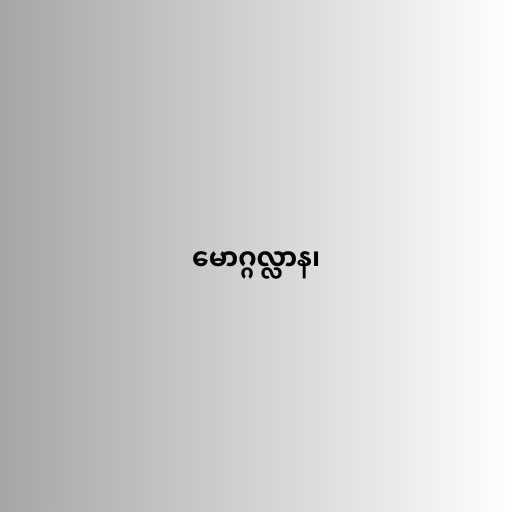
မောဂ္ဂလ္လာန၊